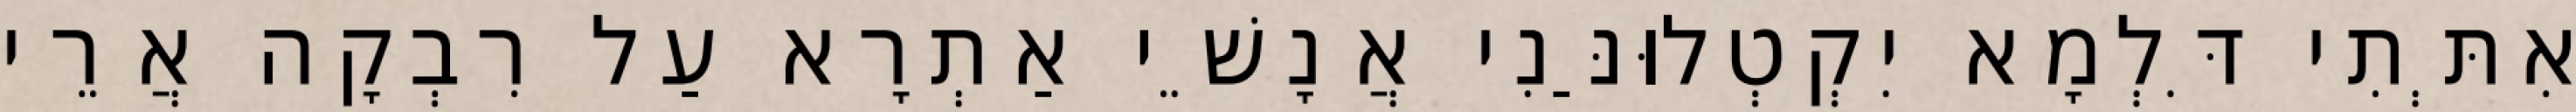
אִתְּתִי דִּלְמָא יִקְטְלוּנַּנִי אֲנָשֵׁי אַתְרָא עַל רִבְקָה אֲרֵי